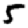
Digit: 5